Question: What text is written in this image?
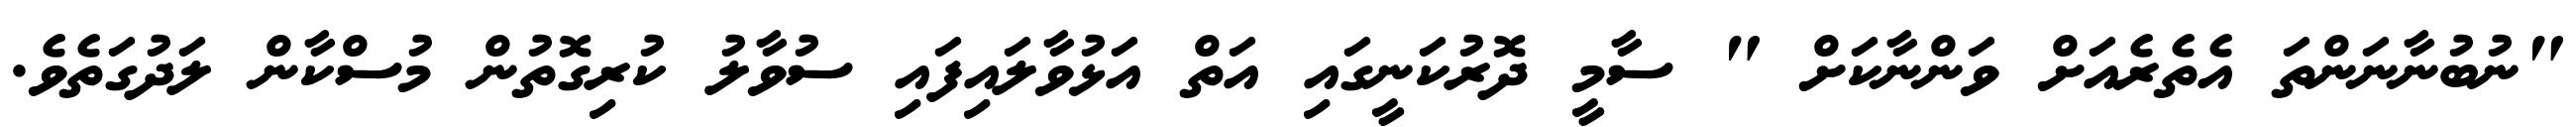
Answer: "ނުބުނާނަންތަ އެތެރެއަށް ވަންނާކަށް " ސާމީ ދޮރުކަނީގައި އަތް އަޅުވާލައިފައި ސުވާލު ކުރިގޮތުން މުސްކާން ލަދުގަތެވެ.